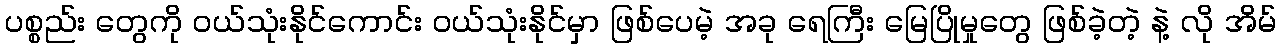
ပစ္စည်း တွေကို ဝယ်သုံးနိုင်ကောင်း ဝယ်သုံးနိုင်မှာ ဖြစ်ပေမဲ့ အခု ရေကြီး မြေပြိုမှုတွေ ဖြစ်ခဲ့တဲ့ နဲ့ လို အိမ်